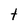
Character: t